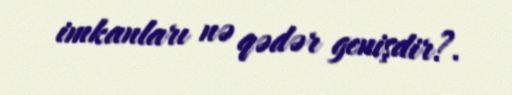
imkanları nə qədər genişdir?.